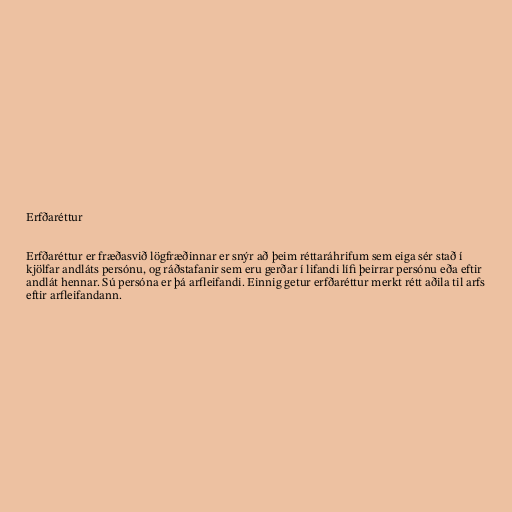
Erfðaréttur

Erfðaréttur er fræðasvið lögfræðinnar er snýr að þeim réttaráhrifum sem eiga sér stað í
kjölfar andláts persónu, og ráðstafanir sem eru gerðar í lifandi lífi þeirrar persónu eða eftir
andlát hennar. Sú persóna er þá arfleifandi. Einnig getur erfðaréttur merkt rétt aðila til arfs
eftir arfleifandann.